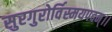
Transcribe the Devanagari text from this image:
सुरगुरोर्विस्मयपदम्।।